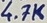
Text: 4.7K